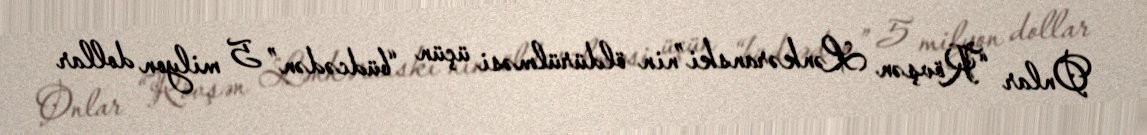
Onlar “Rövşən Lənkəranski”nin öldürülməsi üçün “büdcədən” 5 milyon dollar